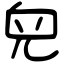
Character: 𠒇